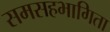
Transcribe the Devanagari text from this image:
समसहभागिता